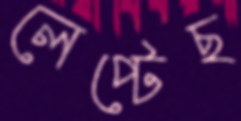
লেপ্‌টেছ